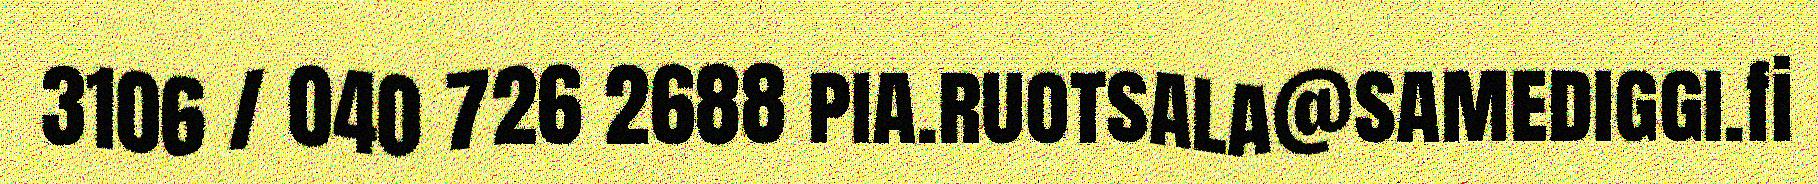
3106 / 040 726 2688 pia.ruotsala@samediggi.fi